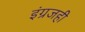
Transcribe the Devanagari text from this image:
इंग्रजही